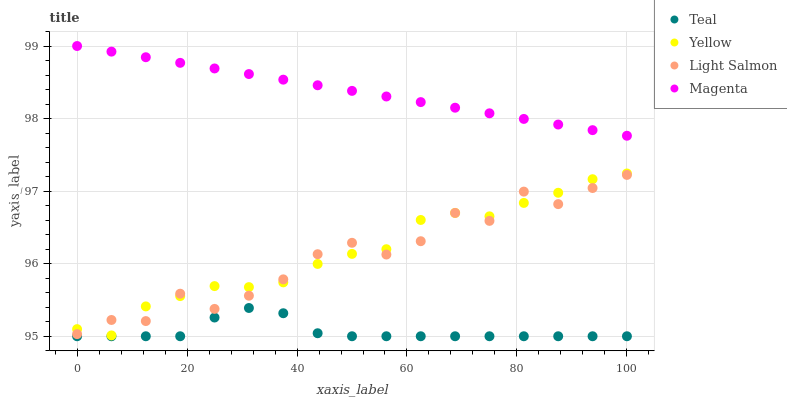
| xaxis_label | Teal | Yellow | Light Salmon | Magenta |
 | --- | --- | --- | --- | --- |
 | 0 | 95 | 95.1 | 95 | 99 |
 | 6.25 | 95 | 95 | 95.2 | 98.9 |
 | 12.5 | 95 | 95.4 | 95.2 | 98.8 |
 | 18.8 | 95 | 95.6 | 95.6 | 98.8 |
 | 25 | 95.3 | 95.7 | 95.4 | 98.7 |
 | 31.2 | 95.4 | 95.7 | 95.6 | 98.6 |
 | 37.5 | 95.3 | 95.7 | 95.8 | 98.5 |
 | 43.8 | 95 | 96 | 96.1 | 98.5 |
 | 50 | 95 | 96.1 | 96.3 | 98.4 |
 | 56.2 | 95 | 96.2 | 96.1 | 98.3 |
 | 62.5 | 95 | 96.6 | 96.3 | 98.2 |
 | 68.8 | 95 | 96.7 | 96.7 | 98.1 |
 | 75 | 95 | 96.7 | 96.6 | 98.1 |
 | 81.2 | 95 | 96.8 | 97 | 98 |
 | 87.5 | 95 | 97 | 96.8 | 97.9 |
 | 93.8 | 95 | 97.2 | 97 | 97.8 |
 | 100 | 95 | 97.2 | 97.2 | 97.8 |